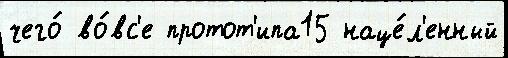
чего́ во́вс'е протот'ипа15 наце́л'енный